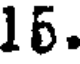
16.